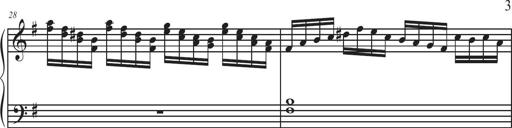
Title: Sonatina Espania
Composer: Jerald Franklin Archer
Key: Various